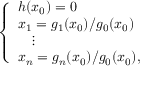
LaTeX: \left\{ \begin{array} { l l } { h ( x _ { 0 } ) = 0 } \\ { x _ { 1 } = g _ { 1 } ( x _ { 0 } ) / g _ { 0 } ( x _ { 0 } ) } \\ { \quad \vdots } \\ { x _ { n } = g _ { n } ( x _ { 0 } ) / g _ { 0 } ( x _ { 0 } ) , } \end{array} \right.